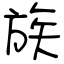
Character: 族